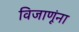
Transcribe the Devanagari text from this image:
विजाणूंना